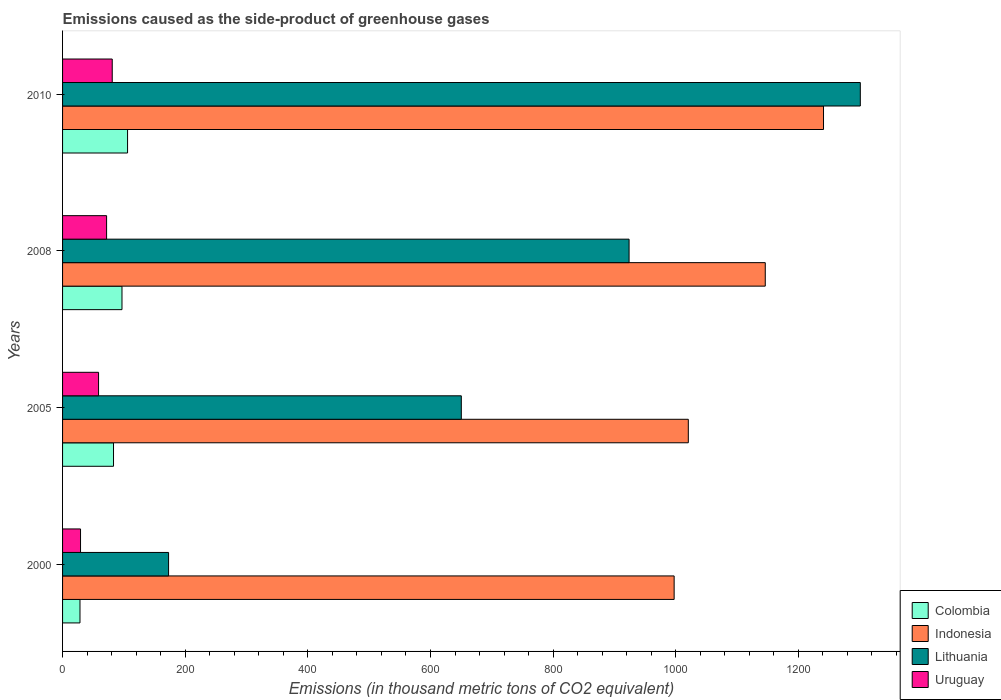
| Years | Colombia | Indonesia | Lithuania | Uruguay |
 | --- | --- | --- | --- | --- |
 | 2000 | 28.4 | 997 | 173 | 29.3 |
 | 2005 | 83.1 | 1.02e+03 | 650 | 58.7 |
 | 2008 | 96.9 | 1.15e+03 | 924 | 71.8 |
 | 2010 | 106 | 1.24e+03 | 1.3e+03 | 81 |